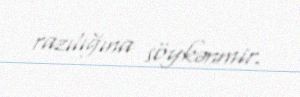
razılığına söykənmir.